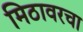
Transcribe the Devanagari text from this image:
मिठावरचा